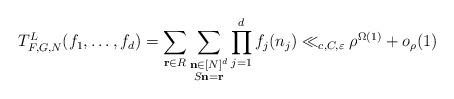
LaTeX: \begin{align*} T_{F,G,N}^L(f_1,\dots,f_d) = \sum\limits_{\mathbf{r} \in R} \sum\limits_{\substack{\mathbf{n} \in [N]^d \\ S\mathbf{n} = \mathbf{r}}} \prod\limits_{j=1}^d f_j(n_j) \ll_{c,C,\varepsilon} \rho^{\Omega(1)} + o_{\rho}(1)\end{align*}